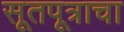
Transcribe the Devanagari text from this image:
सूतपूत्राचा